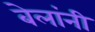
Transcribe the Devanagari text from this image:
बेलांनी